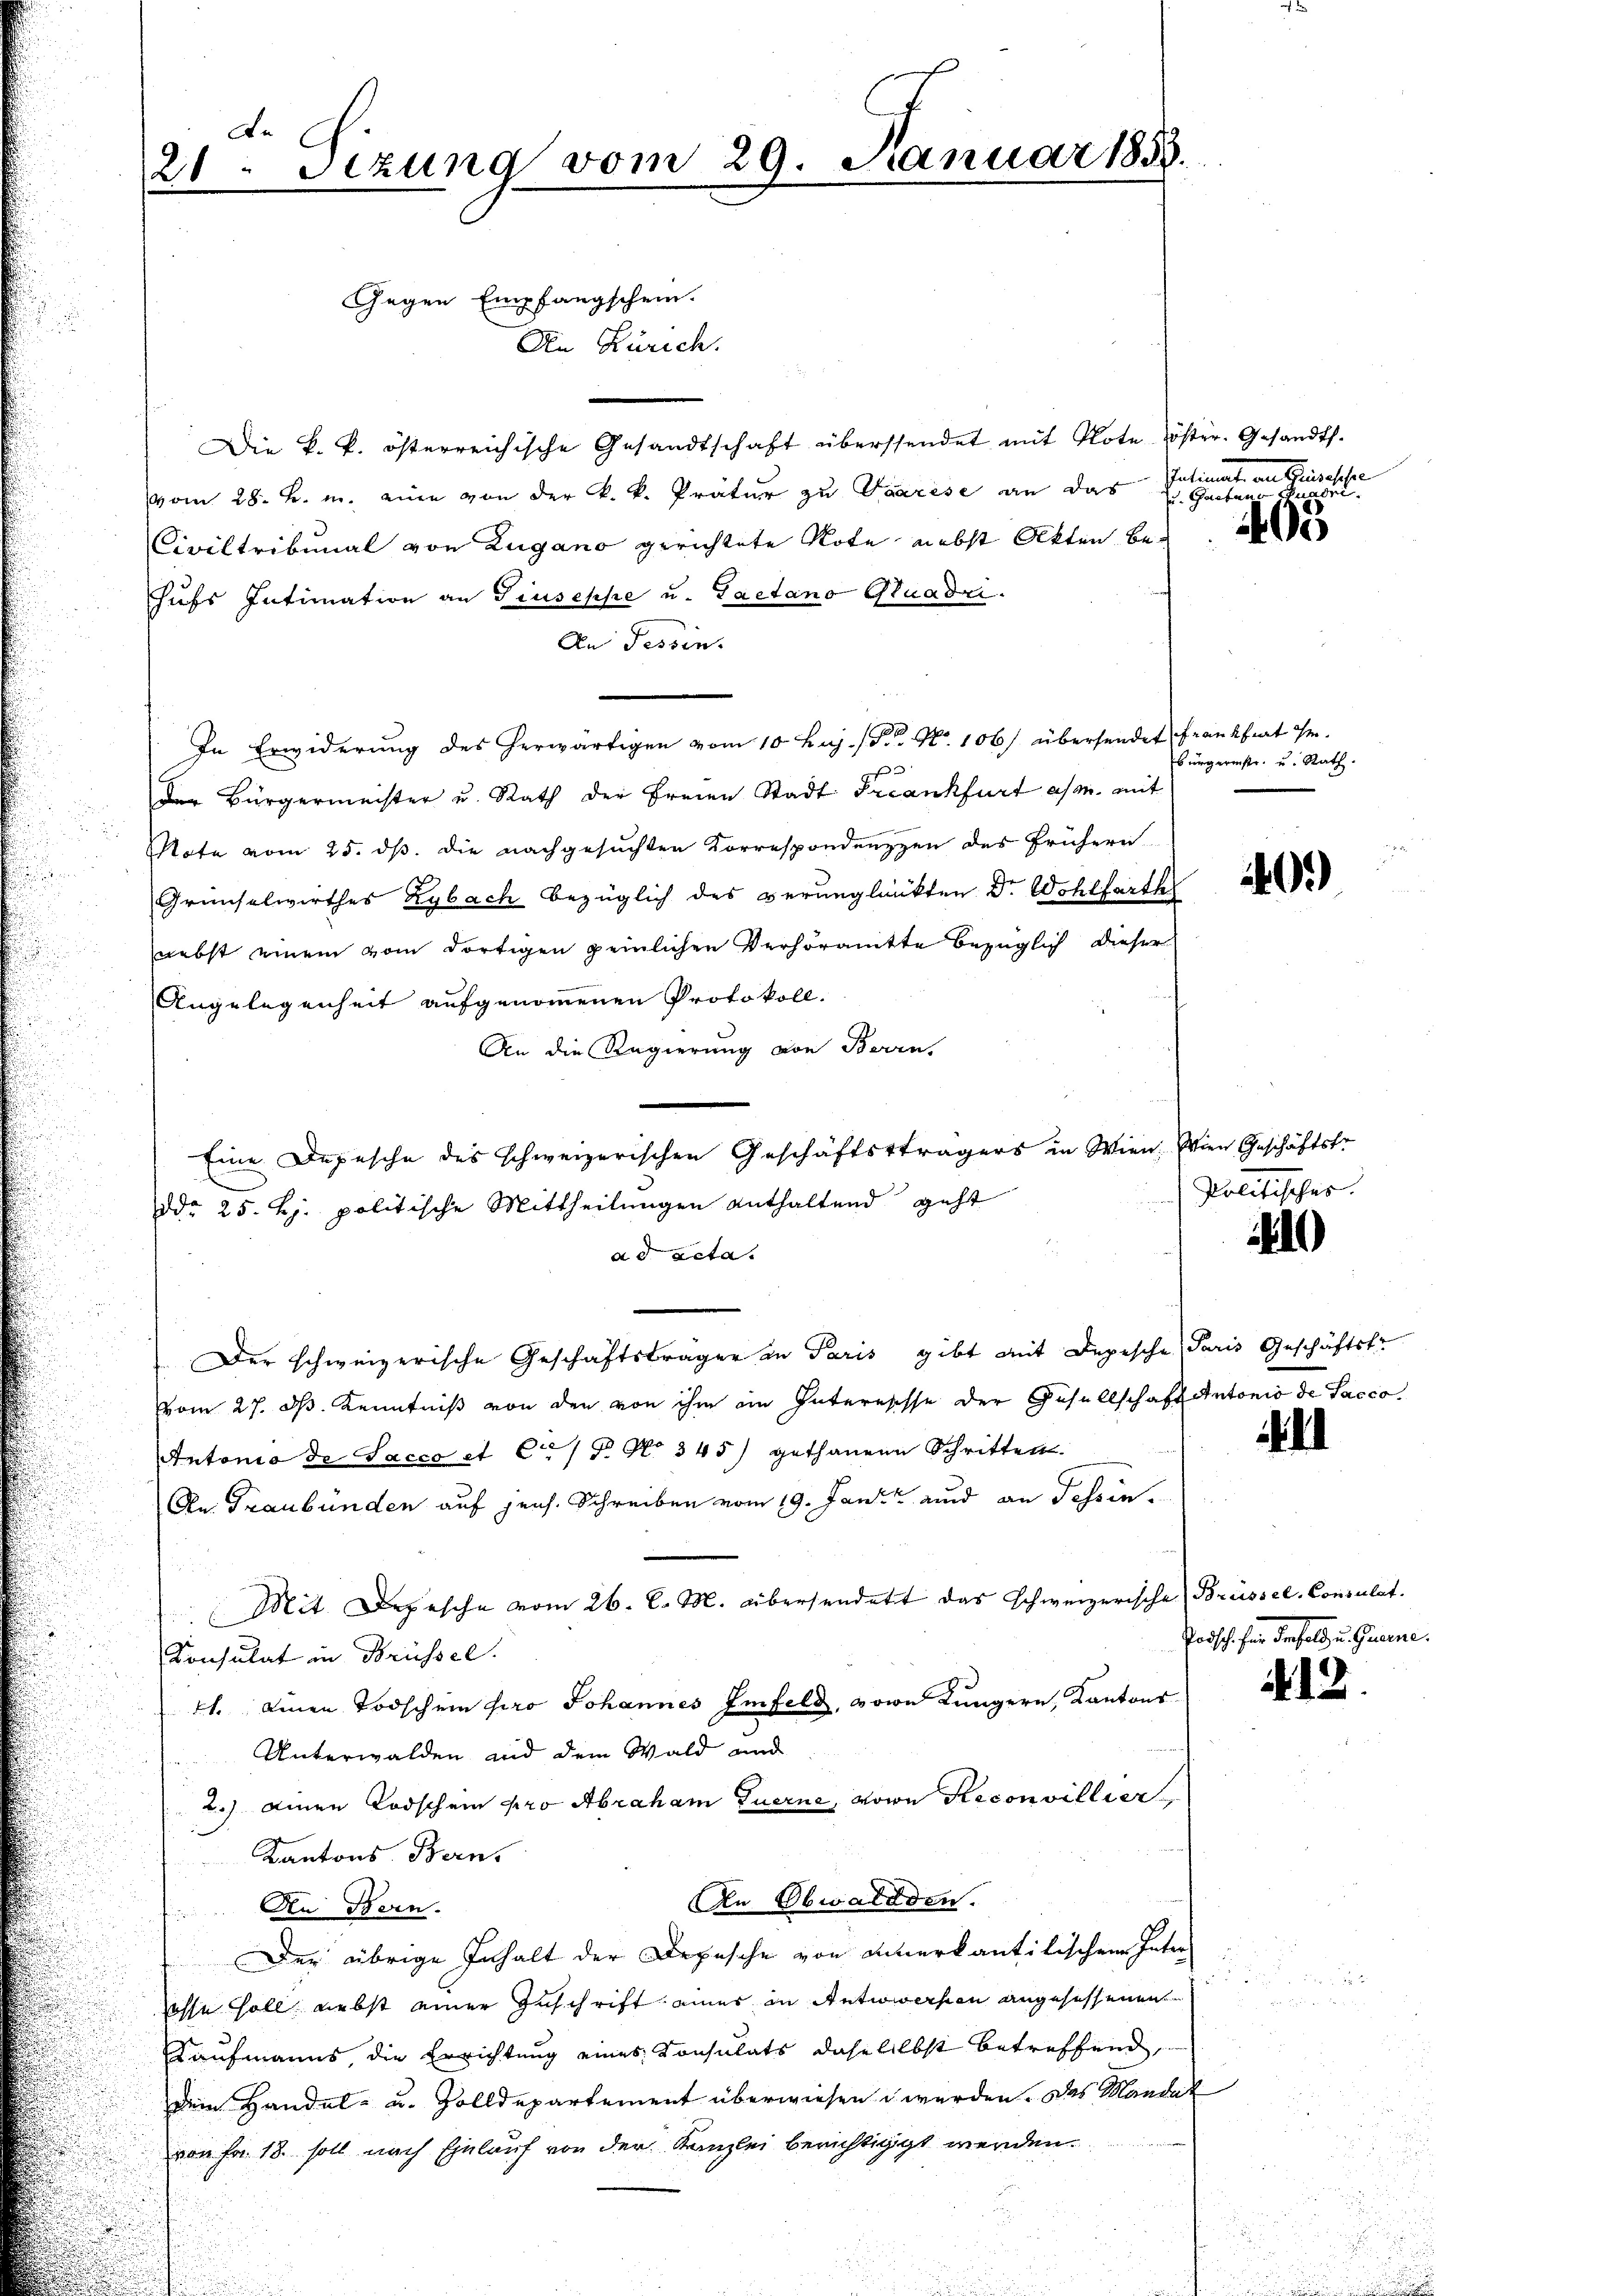
De
21. Sizung vom 29. Januar 1858.

Gegen Empfangschein.
Den Zürich.
Die k. k. österreichische Gesandtschaft überstendet mit Note öster. Gesandt.
vom 28. B. m. eine von der k. k. Pratur zu Paarese an das
Civiltribunal von Zugano gerichtete Rote nebst Akten behufs Intimation an Giuseppe u. Gaetano Quadri
An Tessin.
In Erwiderung des herwärtigen vom 10. huj. P. Nr. 106) übersendet Frankfiat Hr.
Der Bürgermeister u. Rath der Freien Stadt Frankfurt a/m. mit
 Note vom 25. ds. die nachgesuchten Korrespondenzzen des frühern
Grünselwirthes Kybach bezüglich des verunglückten Dr. Wohlfarth
nebst einem vom dortigen peinlichen Verhöramte bezüglich dieser
Angelegenheit aufgenommenen Protokoll.
An die Regierung von Bern,
ddo 25. ej. politische Mittheilungen enthaltend geht
ad acta.
Der schweizerische Geschäftsträger an Paris gibt mit Depesche Paris Geschäftstr
vom 27. dh. Kenntniß von den von ihm ein Interesisse der Gesellschaft Antonio de Sacco¬
Antonia de Sacco et C. / P. No 345) gethanen Schritten.
An. Graubünden auf jens. Schreiben vom 19. Jani ad an Tessin.
Mit Depesche vom 26. d. M. übersendet das schweizerische Brüssel-Consulat.
Konsulat in Brüssel.
21. einen Todschein pro Johannes Einfeld, von Lungern, Kantons
Unterwalden und dem Wald und
2.) einen Todschein pro Abraham Euerne, von Reconvillier
Kantons Bern,
An Obwalden.
An Bern.
Der übrige Inhalt der Depesche von einerkantilischen Inter
osse soll nebst einer Zuschrift eines in Antwowerfen angesessenen
Kaufmanns, die Errichtung eines Konsulats dahe selbst betreffend
Dem Handel- u. Zolldepartement überwiesen werden. Das Mandat
von Fr. 18. soll nach Einlauf von der Kanzlei berichtigt werden.

Eine Depesche des schweizerischen Geschäftsträgers in Wien. Wien Geschäftstr

Patient an Klinische
u. Greben an
405

u

bürgerinstr. u. Rath.

40.)

Politischer.

10

.

Todsche für denfall u. Greine.

412.